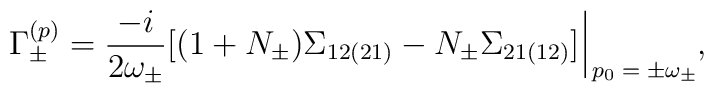
\Gamma^{(p)}_\pm = \frac{- i}{2 \omega_\pm} [(1 + N_\pm) \Sigma_{1 2 (2 1)} - N_\pm \Sigma_{2 1 (1 2)}] \, \rule[-3mm]{.14mm}{8.5mm} \raisebox{-2.85mm}{\scriptsize{$\; p_0 = \pm \omega_\pm$}} ,